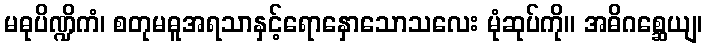
မဓုပိဏ္ဍိကံ၊ စတုမဓူအရသာနှင့်ရောနှောသောသလေး မုံဆုပ်ကို။ အဓိဂစ္ဆေယျ၊